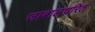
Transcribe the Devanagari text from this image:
जाबालचरित